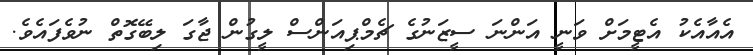
އެއާއެކު އެޓީމަށް ވަނީ އަންނަ ސީޒަނުގެ ޗެމްޕިއަންސް ލީގުން ޖާގަ ލިބޭގޮތް ނުވެފައެވެ.